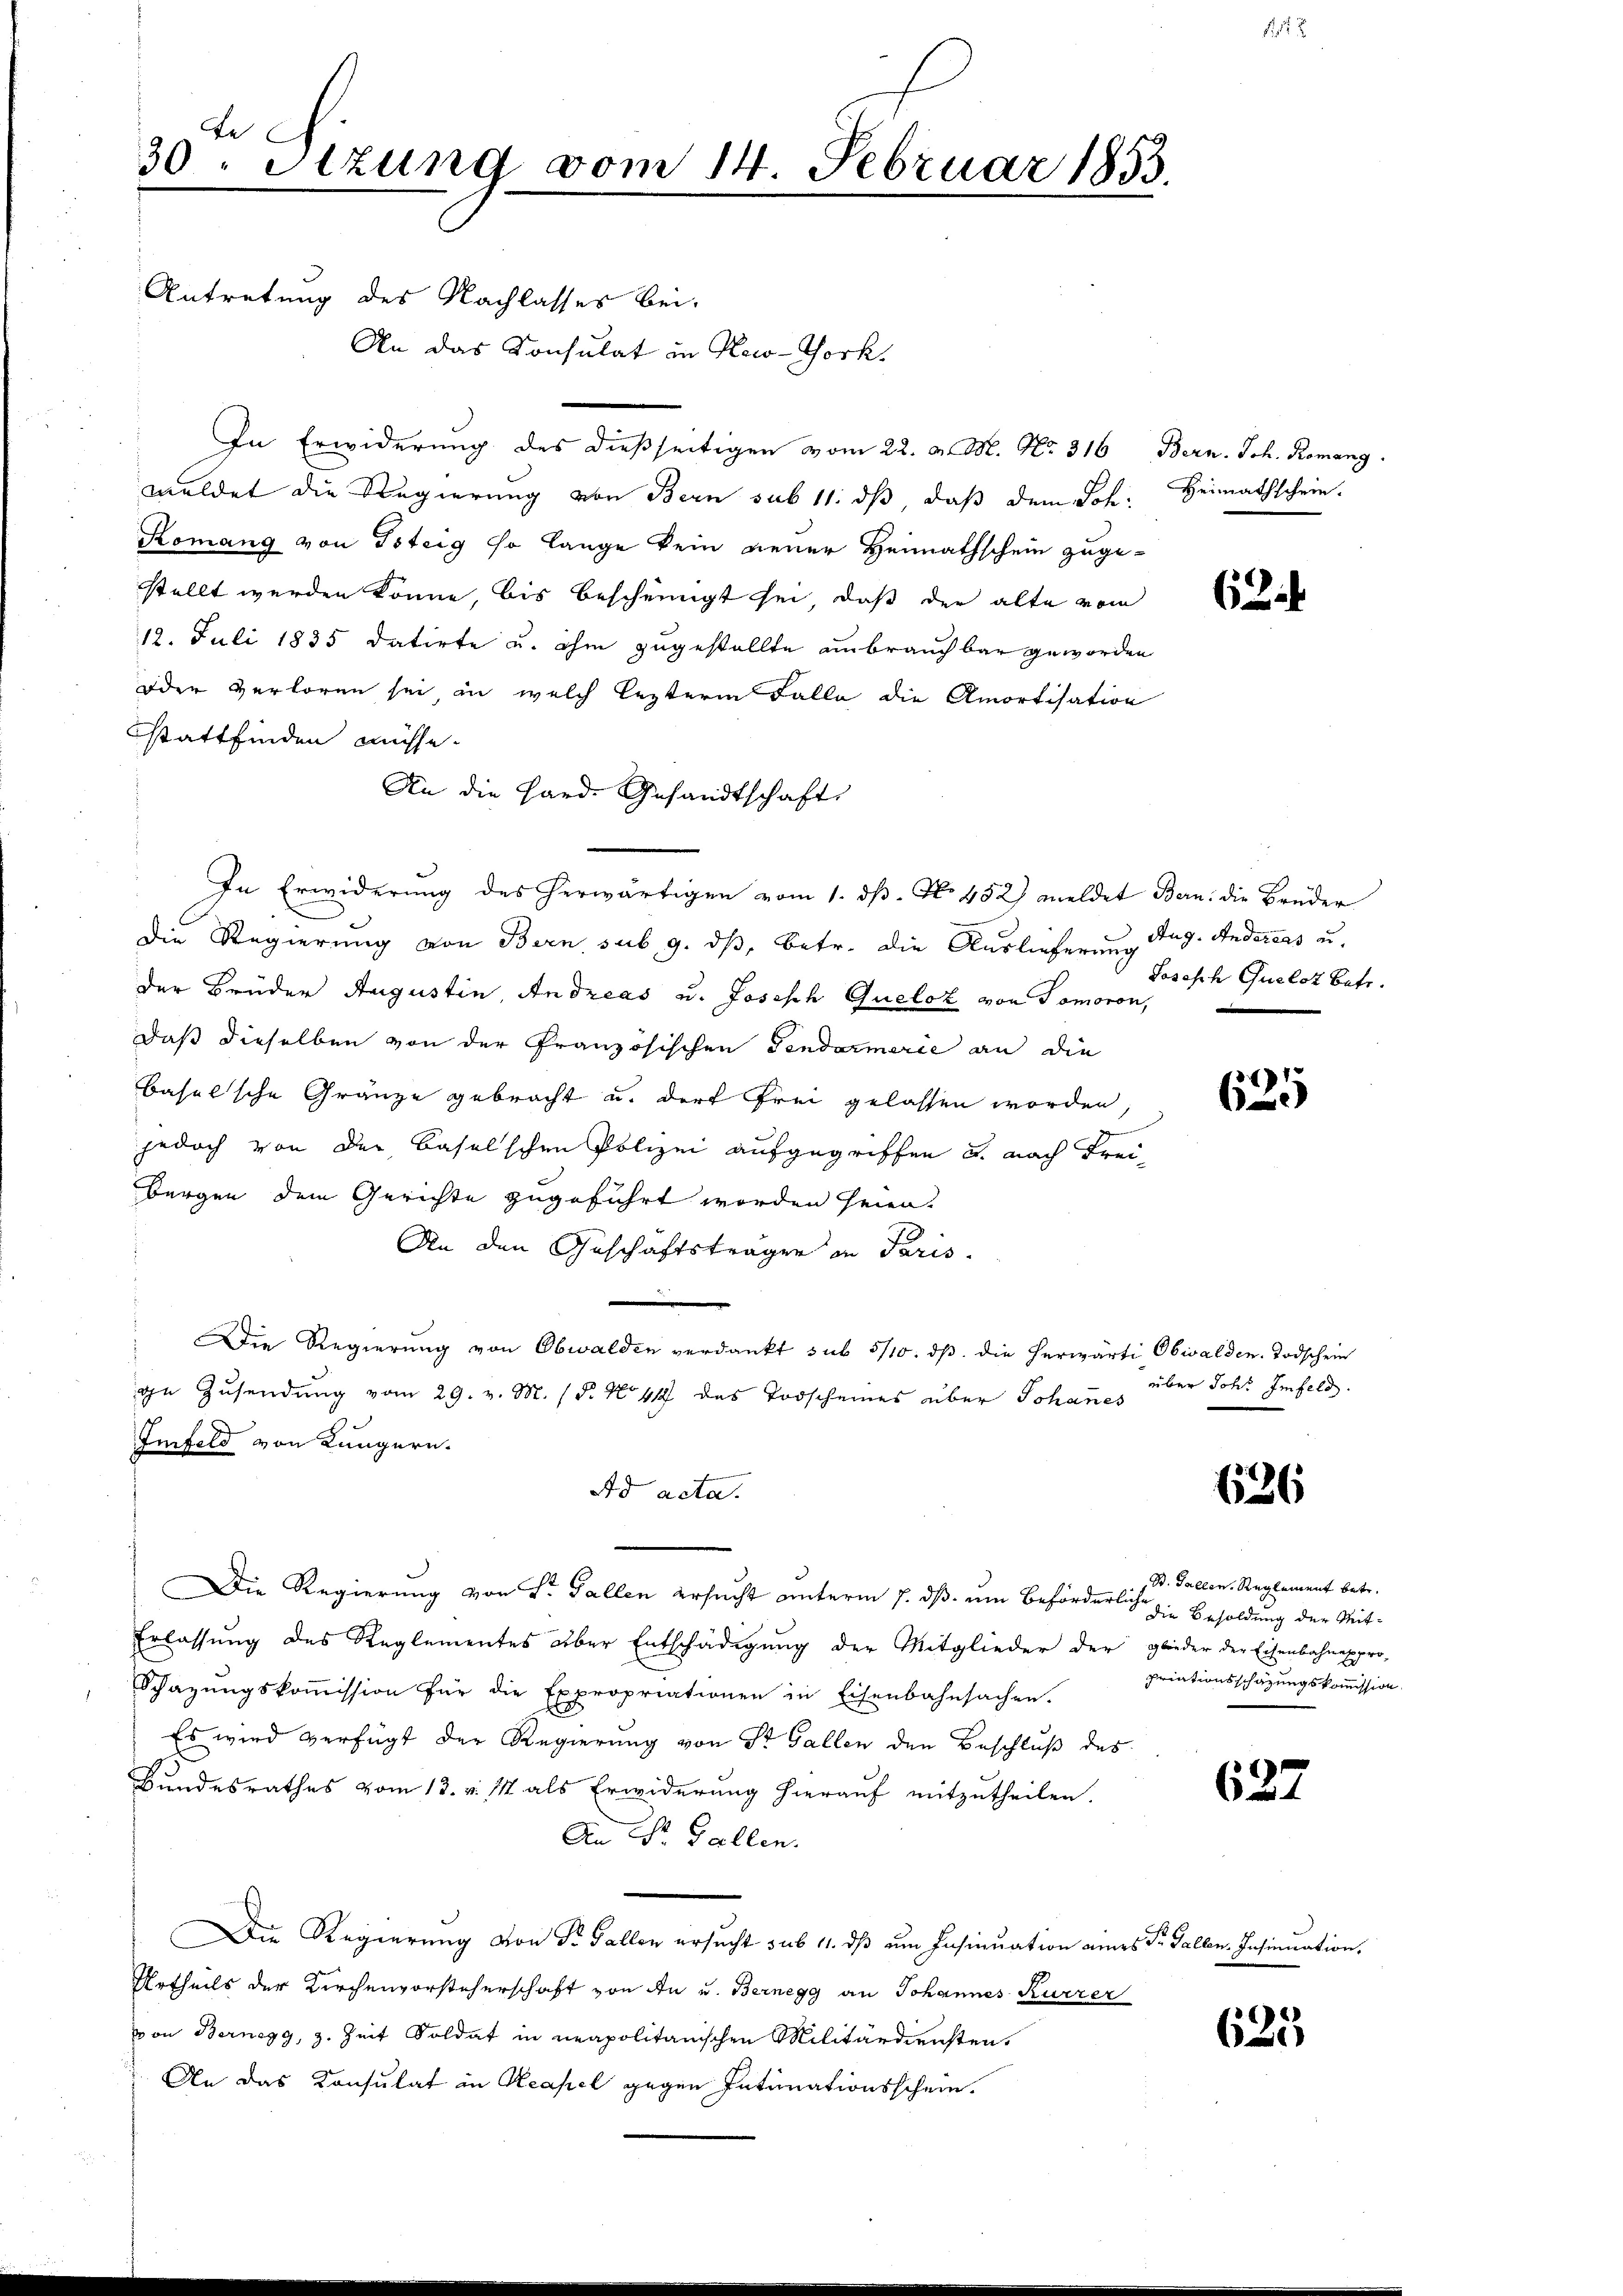
te
30. Stzung vom 14. Februar 1853.

Antretung des Nachlasses bei.
An das Konsulat in New-York,
In Erwiderung des dießseitigen vom 22. v. M. No. 316
meldet die Regierung von Bern sub 11. ds, daß dem Joh. Heimathschein.
Komang von Tsteig so lange kein neuer Heimathschein zugestellt werden könne, bis bescheinigt sei, daß der alte vom
12. Juli 1835 datirte u. ihm zugestellte unbrauchbar geworden
oder verloren sei in welch lezterm Falle die Amortisation
stattfinden müsse.
An die Hard. Gesandtschaft
In Erwiderung des herwärtigen vom 1. dβ. N. 452) meldet Bern: die Brüder
Die Regierung von Bern sub. 9. ds, betr. die Auslieferung Aug. Anderers under Brüder Augustin, Andreas u. Josisch Queloz von Tomoron,
daß dieselben von der Pranzösischen Gendarmerie an die
Baselsche Gränze gebracht u. darf frei gelassen worden,
jedoch von der Baselschen Polizei aufgegriffen u. nach Freibürgen dem Gerichte zugeführt worden seien.
An den Geschäftsträgen in Paris.

Die Regierung von Obwalden verdankt sub 5/10. ds. die herwärti Obwalden. Todschein
ie Zusendung vom 29. v. M. (§. No 44 das Todscheines über Johannes
Infeld von Lungern.
Ad acta.
Die Regierung von Sr. Gallen ersucht unterm 7. dß. um beförderlich
Erlassŭng des Reglementes über Entschädigŭng der Mitglieder der glieder der Eisenbahnexpro-
Schazŭngskoṁission für die Expropriationen in Eisenbahnsachen.
Es wird verfügt der Regierung von St. Gallen den Beschluß des
Bundesrathes vom 13. v. Mt als Erwiderung hierauf mitzutheilen.
An St. Gallen.
Die Regierung von Sr. Fallen ersucht sub 11. dß am Insinuation eines St. Gallen. Insinuation.
Urtheils der Kirchenvorsteherschaft von An u. Bernegg an Johannes Kurzer
von Bernegg, z. Zeit Soldat in neapolitanischen Militärdiensten.
An das Konsulat in Neapel gegen Intimationsschein.

Bern. Joh. Romang

62

Joseph Quelst Betr.

625

über Joh. Imfeld.

636

St. Gallen. Reglement betr.
die Besoldung der Mitpriationsschazungskommission

627

635